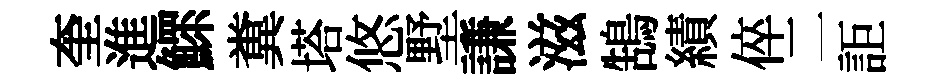
奎進鰥糞塔悠墅謙滋鵠績倅二詎